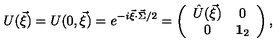
U ( \vec { \xi } ) = U ( 0 , \vec { \xi } ) = e ^ { - i \vec { \xi } \cdot \vec { \Sigma } / 2 } = \left( \begin{array} { c c } { \hat { U } ( \vec { \xi } ) } & { 0 } \\ { 0 } & { { \bf 1 } _ { 2 } } \\ \end{array} \right) ,